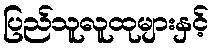
ပြည်သူလူထုများနှင့်